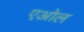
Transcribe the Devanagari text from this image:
एओल